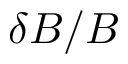
\delta B / B